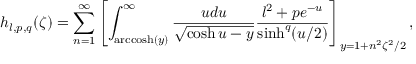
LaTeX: h _ { l , p , q } ( \zeta ) = \sum _ { n = 1 } ^ { \infty } \left[ \int _ { \mathrm { a r c c o s h } ( y ) } ^ { \infty } \frac { u d u } { \sqrt { \cosh u - y } } \frac { l ^ { 2 } + p e ^ { - u } } { \sinh ^ { q } ( u / 2 ) } \right] _ { y = 1 + n ^ { 2 } \zeta ^ { 2 } / 2 } ,